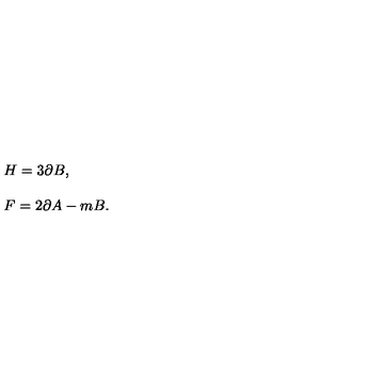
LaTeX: \begin{array} { r c l } { } & { } & { H = 3 \partial B , } \\ { } & { } & { } \\ { } & { } & { F = 2 \partial A - m B . } \\ \end{array}